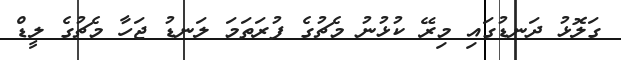
ގަލޮޅު ދަނޑުގައި މިރޭ ކުޅުނު މެޗުގެ ފުރަތަމަ ލަނޑު ޖަހާ މެޗުގެ ލީޑް